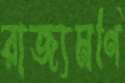
রাজ্যমণি